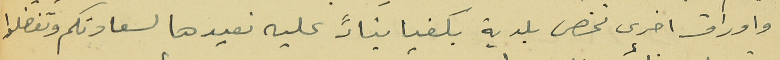
واوراق اخرى تخص بلدية بكفيا بناءً عليه نعيدها لسعادتكم وتفضلوا